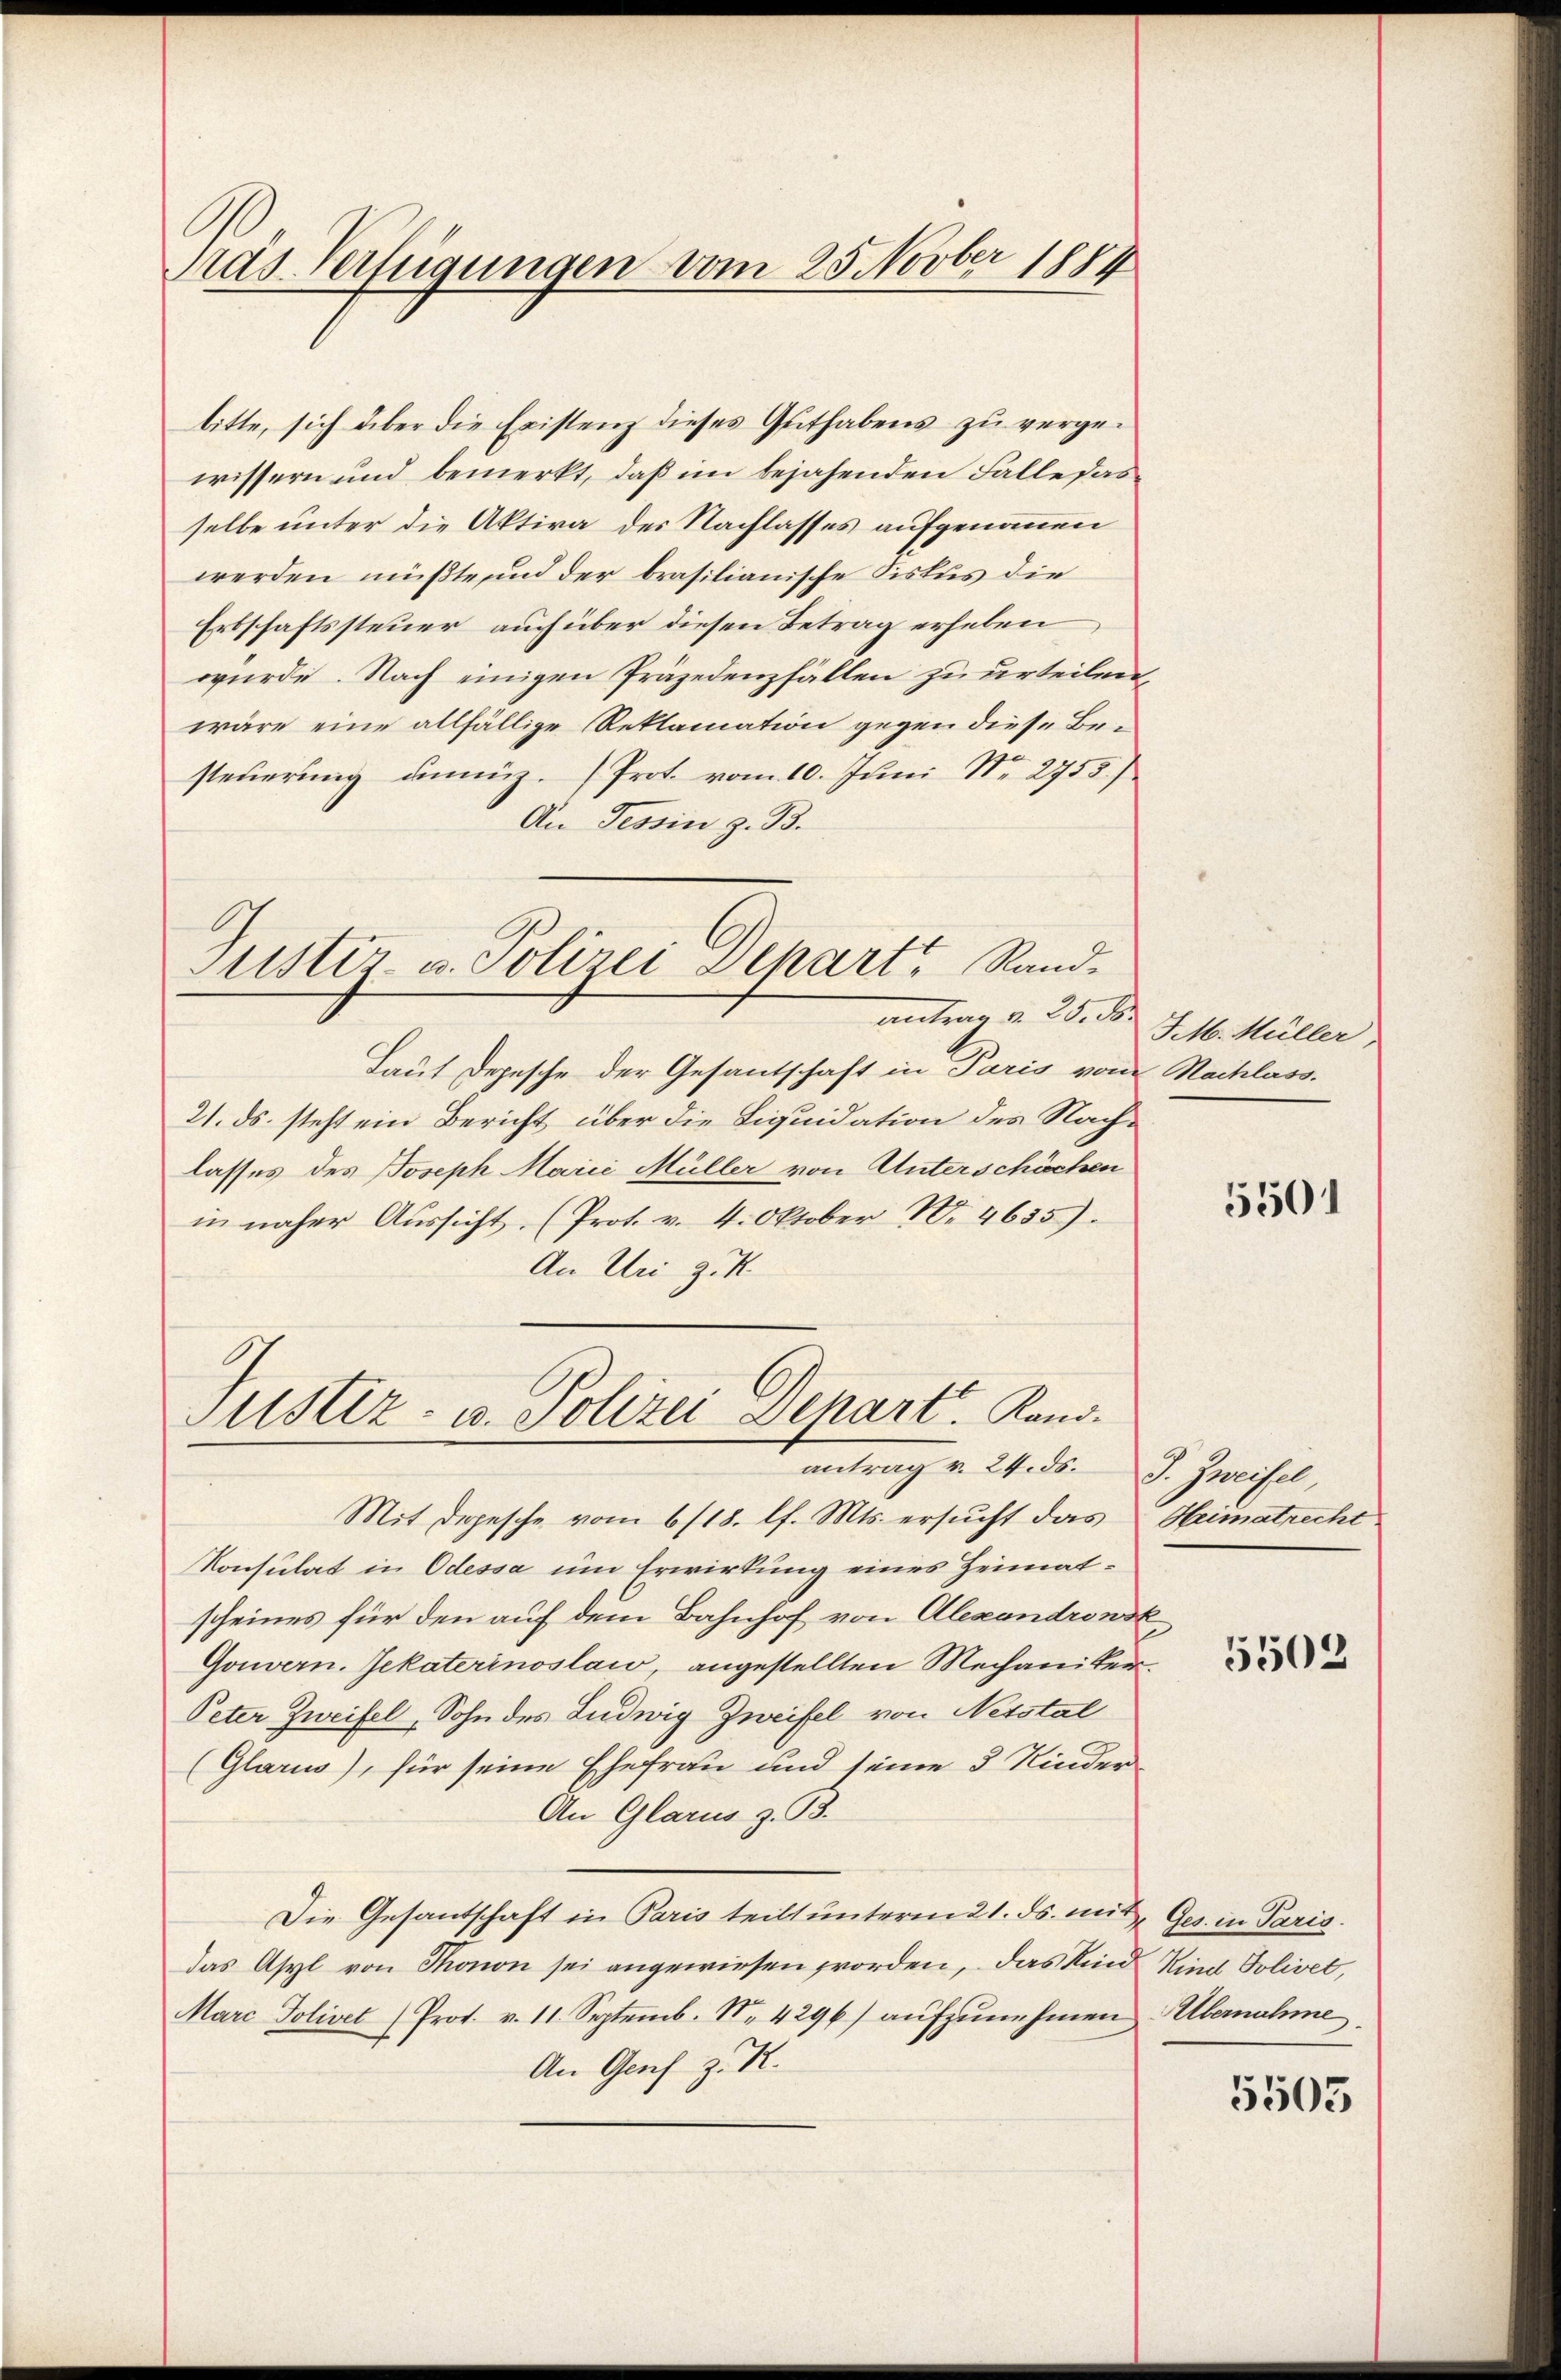
Pras-Verfügungen vom 25. Novber 1884

bitte, sich über die Existenz dieses Guthabens zu vergewissern und bemerkt, daß im bejahenden Falle dasselbe unter die Aktiva der Nachlasses aufgenommen
werden müßte und der brasilianische Siskus die
Erbschaftssteuer auch über diesen Betrag erheben
würde. Nach einigen Präjedenzfällen zu urteilen,
wäre eine allfällige Reklamation gegen diese Be¬
2
steuerung dimiz. Prot. vom 10. Juni Nr. 2755)
An Tessin z. B.
Laut Depesche der Gesantschaft in Paris vom Nachlass.
21. ds. steht ein Bericht über die Liquidation des Nachlasses des Joseph Marić Müller von Unterschöchen
in näher Aussicht (Prot. v. 4. Oktober N. 4635).
An Uri z. K
O
Justiz- u. Polizei Depart. Kand
antrag v. 24. ds. J. Zweifel,
Mit Depesche vom 6/18. l. Mts. ersucht das
Konsulat in Odessa um Erwirkung eines Heimatscheines für den auf dem Bahnhof von Alexandronst
Gouvern. Jekaterinoslawo, angestellten Mechaniker.
Peter Zweifel, Sohn des Ludwig Zweifel von Netstal
(Glarus), für seine Ehefrau und seine 3 Kinder
An Glarus z. B.
Die Gesantschaft in Paris teilt unterm 21. ds. mit Ges. in Paris.
das Asyl von Thonon sei angewiesen worden, das Kind Kind Solivet,
Marc Polivet (Prot. v. 11. Septemb. 1. 4296) aŭfzŭnehmen Übernahme.
An Genf z. R.

suster Polizei Departe Sand¬

antrag a. 25. d. J. M. Müller

5501

Heimatrecht

5503

5505